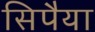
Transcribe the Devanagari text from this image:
सिपैया